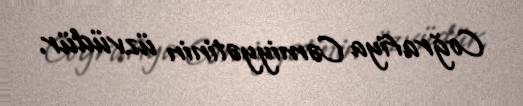
Coğrafiya Cəmiyyətinin üzvüdür.